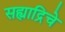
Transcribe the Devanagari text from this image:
सह्याद्रिचे